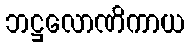
ဘဋ္ဌလောဏိကာယ